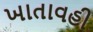
ખાતાવહી